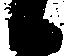
候